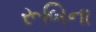
રૂબિના